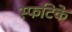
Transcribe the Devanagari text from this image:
स्फटिके